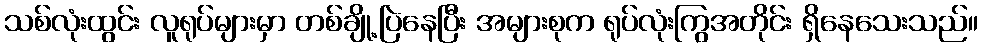
သစ်လုံးထွင်း လူရုပ်များမှာ တစ်ချို့ပြဲနေပြီး အများစုက ရုပ်လုံးကြွအတိုင်း ရှိနေသေးသည်။